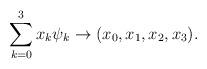
LaTeX: \begin{align*} \sum_{k=0}^3 x_k\psi_k \rightarrow (x_0,x_1,x_2,x_3).\end{align*}